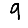
Digit: 9